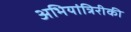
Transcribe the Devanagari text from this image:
अभियांत्रिरीकी